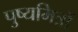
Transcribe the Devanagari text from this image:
पुष्यमित्रों